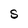
Character: S